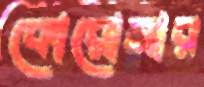
কোরোনার